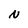
Character: N